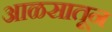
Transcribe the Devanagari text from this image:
आळसातून